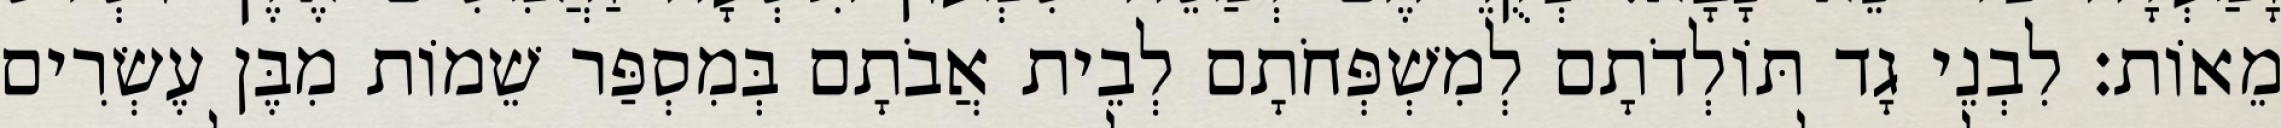
מֵאוֹת׃ לִבְנֵי גָד תּוֹלְדֹתָם לְמִשְׁפְּחֹתָם לְבֵית אֲבֹתָם בְּמִסְפַּר שֵׁמוֹת מִבֶּן עֶשְׂרִים